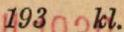
193  kl.